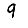
Digit: 9